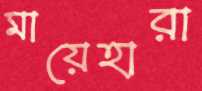
মায়েহারা